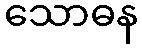
သောဓန